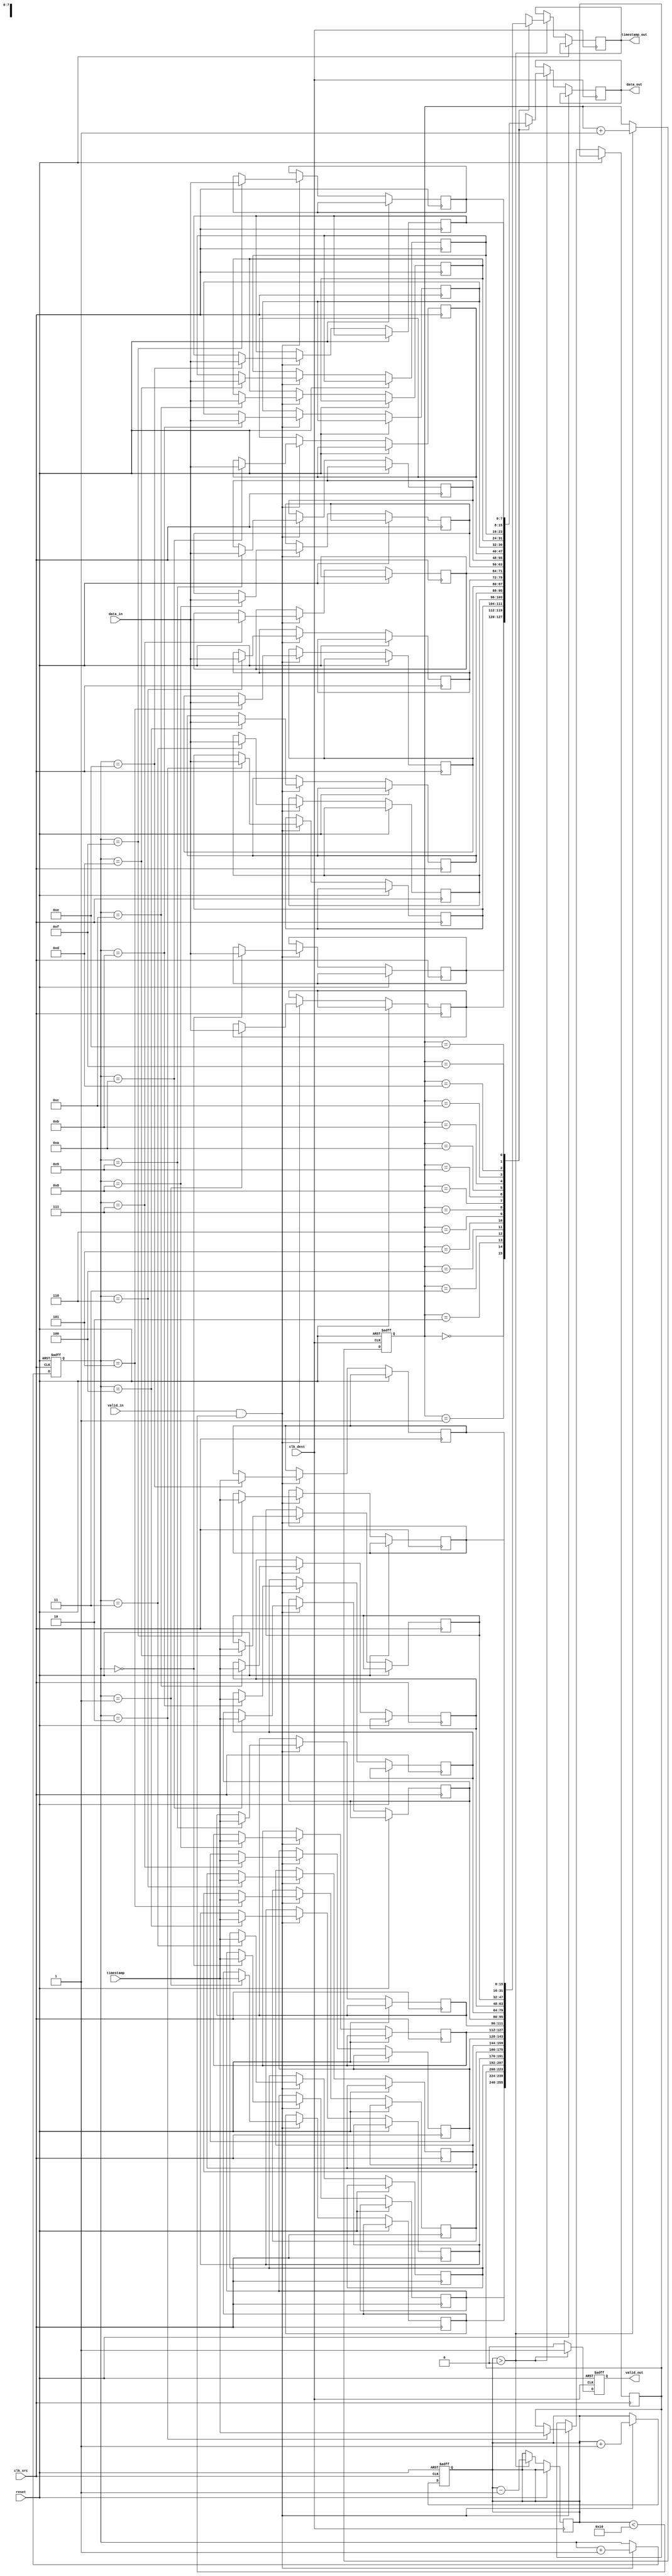
module TimeStampedSynchronizer #(
    parameter DATA_WIDTH = 8,
    parameter TIMESTAMP_WIDTH = 16,
    parameter FIFO_DEPTH = 16
)(
    input wire clk_src,
    input wire clk_dest,
    input wire reset,
    input wire [DATA_WIDTH-1:0] data_in,
    input wire [TIMESTAMP_WIDTH-1:0] timestamp,
    input wire valid_in,
    
    output reg [DATA_WIDTH-1:0] data_out,
    output reg [TIMESTAMP_WIDTH-1:0] timestamp_out,
    output reg valid_out
);

// FIFO buffer
reg [DATA_WIDTH-1:0] fifo_data [0:FIFO_DEPTH-1];
reg [TIMESTAMP_WIDTH-1:0] fifo_timestamp [0:FIFO_DEPTH-1];
reg [3:0] write_ptr, read_ptr;
reg [3:0] fifo_count;

// FIFO write control
always @(posedge clk_src or posedge reset) begin
    if (reset) begin
        write_ptr <= 0;
        fifo_count <= 0;
    end else if (valid_in && (fifo_count < FIFO_DEPTH)) begin
        fifo_data[write_ptr] <= data_in;
        fifo_timestamp[write_ptr] <= timestamp;
        write_ptr <= write_ptr + 1;
        fifo_count <= fifo_count + 1;
    end
end

// FIFO read control
always @(posedge clk_dest or posedge reset) begin
    if (reset) begin
        read_ptr <= 0;
        valid_out <= 0;
    end else if (fifo_count > 0) begin
        data_out <= fifo_data[read_ptr];
        timestamp_out <= fifo_timestamp[read_ptr];
        valid_out <= 1;
        read_ptr <= read_ptr + 1;
        fifo_count <= fifo_count - 1;
    end else begin
        valid_out <= 0;
    end
end

// Synchronization for valid signal
reg valid_in_sync;
reg valid_in_sync1;

always @(posedge clk_src or posedge reset) begin
    if (reset) begin
        valid_in_sync <= 0;
        valid_in_sync1 <= 0;
    end else begin
        valid_in_sync <= valid_in;
        valid_in_sync1 <= valid_in_sync;
    end
end

endmodule